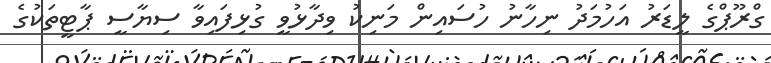
ގްރޫޕްގެ ލީޑަރު އަހުމަދު ނިހާނު ހުސައިން މަނިކު ވިދާޅުވީ ގުޅިފައިވާ ސިޔާސީ ޕާޓީތަކުގެ